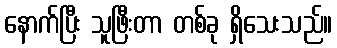
နောက်ပြီး သူဖြီးတာ တစ်ခု ရှိသေးသည်။